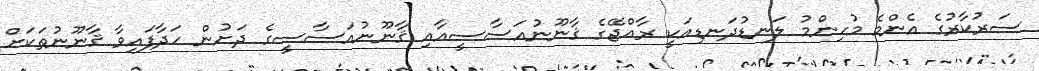
ސަރުކާރުގެ އެންމެ މުހިންމު ލަނޑުދަނޑިއަކީ ރާއްޖޭގެ ޤާނޫނުއަސާސީއާއި ޤާނޫނުއަސާސީގެ ދަށުން ހަދާފައިވާ ޤާނޫނުތަކަށް